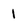
Character: 1